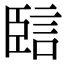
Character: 䛗